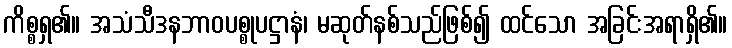
ကိစ္စရှ၏။ အသံသီဒနဘာဝပစ္စုပဋ္ဌာနံ၊ မဆုတ်နစ်သည်ဖြစ်၍ ထင်သော အခြင်းအရာရှိ၏။